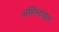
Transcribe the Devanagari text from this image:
अर्मिस्टाइस